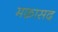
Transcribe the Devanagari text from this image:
मक़ासद